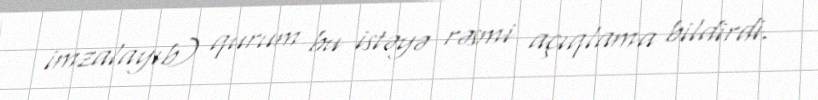
imzalayıb) qurum bu istəyə rəsmi açıqlama bildirdi.